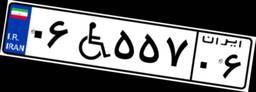
۰۶W۵۵۷۰۶